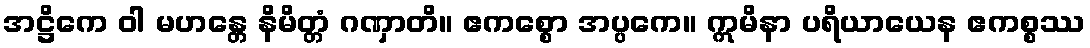
အဋ္ဌိကေ ဝါ မဟန္တေ နိမိတ္တံ ဂဏှာတိ။ ဧကစ္စော အပ္ပကေ။ ဣမိနာ ပရိယာယေန ဧကစ္စဿ